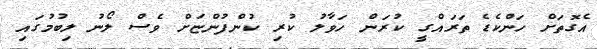
އެގޮތަށް ހަންކެޑެ ތަރައްގީ ކުރަން ހަވާލު ކުރި ކުންފުންޏަށް ވެސް ލޯނު ލިބުމުގައި